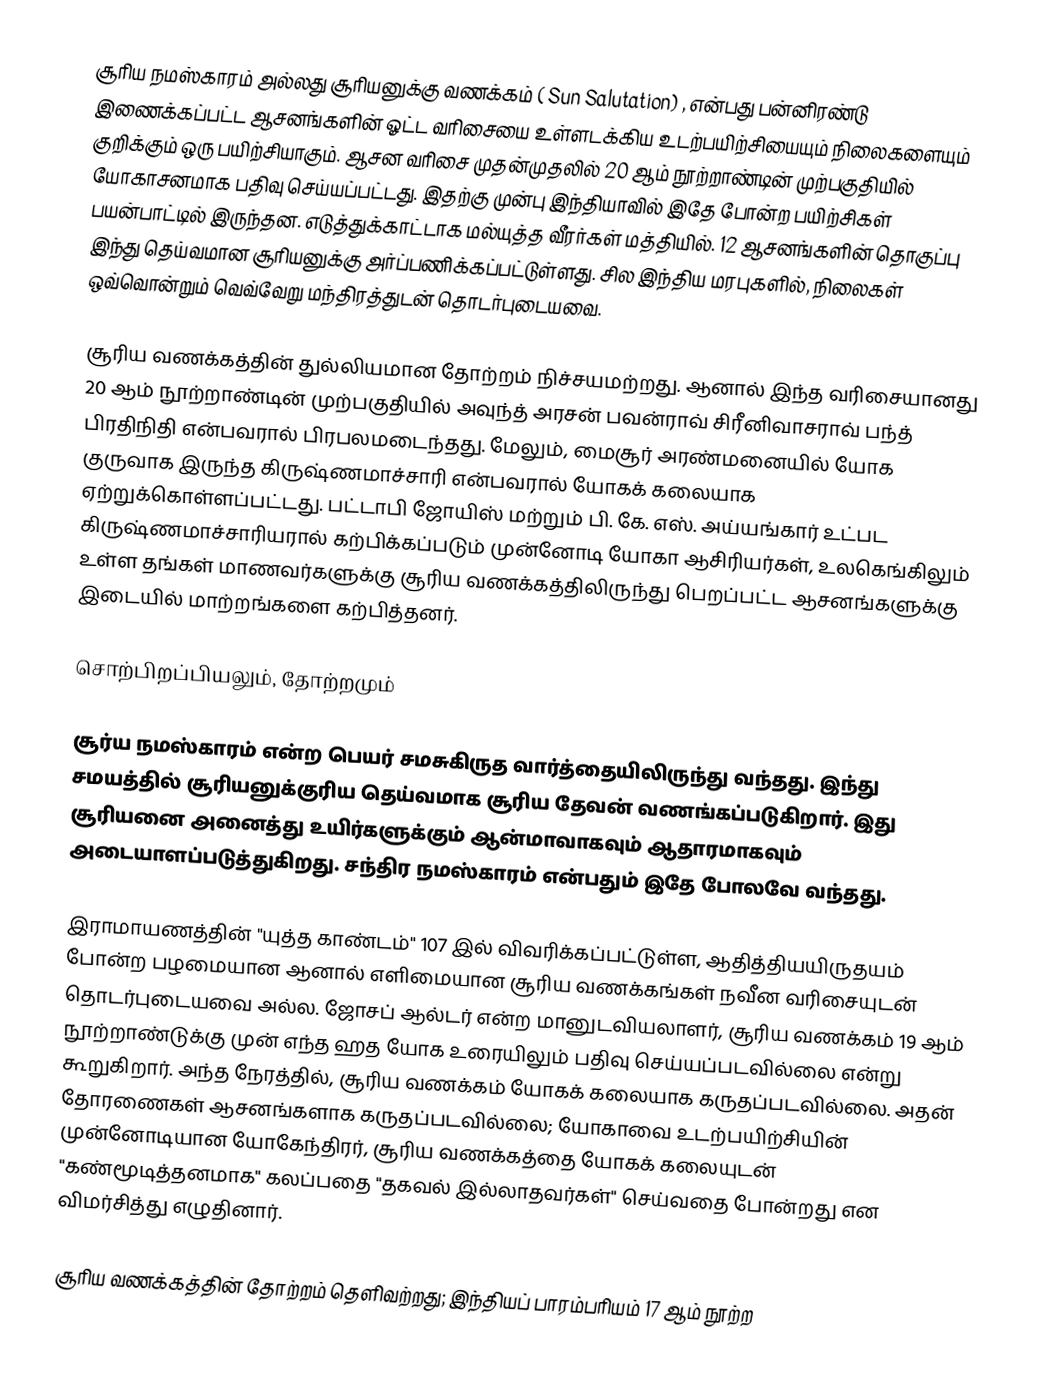
சூரிய நமஸ்காரம் அல்லது சூரியனுக்கு வணக்கம்  ( Sun Salutation) , என்பது பன்னிரண்டு இணைக்கப்பட்ட ஆசனங்களின் ஓட்ட வரிசையை உள்ளடக்கிய உடற்பயிற்சியையும் நிலைகளையும் குறிக்கும் ஒரு பயிற்சியாகும். ஆசன வரிசை முதன்முதலில் 20 ஆம் நூற்றாண்டின் முற்பகுதியில் யோகாசனமாக பதிவு செய்யப்பட்டது. இதற்கு முன்பு இந்தியாவில் இதே போன்ற பயிற்சிகள் பயன்பாட்டில் இருந்தன. எடுத்துக்காட்டாக மல்யுத்த வீரர்கள் மத்தியில். 12 ஆசனங்களின் தொகுப்பு இந்து தெய்வமான சூரியனுக்கு அர்ப்பணிக்கப்பட்டுள்ளது. சில இந்திய மரபுகளில், நிலைகள் ஒவ்வொன்றும் வெவ்வேறு மந்திரத்துடன் தொடர்புடையவை.

சூரிய வணக்கத்தின் துல்லியமான தோற்றம் நிச்சயமற்றது. ஆனால் இந்த வரிசையானது 20 ஆம் நூற்றாண்டின் முற்பகுதியில் அவுந்த் அரசன் பவன்ராவ் சிரீனிவாசராவ் பந்த் பிரதிநிதி என்பவரால் பிரபலமடைந்தது. மேலும், மைசூர் அரண்மனையில் யோக குருவாக இருந்த கிருஷ்ணமாச்சாரி என்பவரால் யோகக் கலையாக ஏற்றுக்கொள்ளப்பட்டது. பட்டாபி ஜோயிஸ் மற்றும் பி. கே. எஸ். அய்யங்கார் உட்பட கிருஷ்ணமாச்சாரியரால் கற்பிக்கப்படும் முன்னோடி யோகா ஆசிரியர்கள், உலகெங்கிலும் உள்ள தங்கள் மாணவர்களுக்கு சூரிய வணக்கத்திலிருந்து பெறப்பட்ட ஆசனங்களுக்கு இடையில் மாற்றங்களை கற்பித்தனர்.

சொற்பிறப்பியலும், தோற்றமும்

சூர்ய நமஸ்காரம் என்ற பெயர் சமசுகிருத வார்த்தையிலிருந்து வந்தது. இந்து சமயத்தில் சூரியனுக்குரிய தெய்வமாக சூரிய தேவன் வணங்கப்படுகிறார். இது சூரியனை அனைத்து உயிர்களுக்கும் ஆன்மாவாகவும் ஆதாரமாகவும் அடையாளப்படுத்துகிறது. சந்திர நமஸ்காரம் என்பதும் இதே போலவே வந்தது.

இராமாயணத்தின் "யுத்த காண்டம்"  107 இல் விவரிக்கப்பட்டுள்ள, ஆதித்தியயிருதயம் போன்ற பழமையான ஆனால் எளிமையான சூரிய வணக்கங்கள் நவீன வரிசையுடன் தொடர்புடையவை அல்ல. ஜோசப் ஆல்டர் என்ற மானுடவியலாளர், சூரிய வணக்கம் 19 ஆம் நூற்றாண்டுக்கு முன் எந்த ஹத யோக உரையிலும் பதிவு செய்யப்படவில்லை என்று கூறுகிறார். அந்த நேரத்தில், சூரிய வணக்கம் யோகக் கலையாக கருதப்படவில்லை. அதன் தோரணைகள் ஆசனங்களாக கருதப்படவில்லை; யோகாவை உடற்பயிற்சியின் முன்னோடியான யோகேந்திரர், சூரிய வணக்கத்தை யோகக் கலையுடன் "கண்மூடித்தனமாக" கலப்பதை "தகவல் இல்லாதவர்கள்" செய்வதை போன்றது என விமர்சித்து எழுதினார்.

சூரிய வணக்கத்தின் தோற்றம் தெளிவற்றது; இந்தியப் பாரம்பரியம் 17 ஆம் நூற்ற